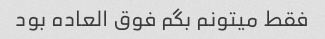
فقط میتونم بگم فوق العاده بود